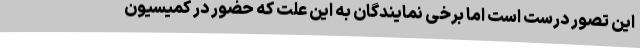
این تصور درست است اما برخی نمایندگان به این علت که حضور در کمیسیون